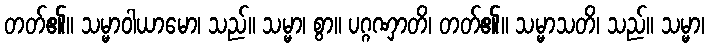
တတ်၏။ သမ္မာဝါယာမော၊ သည်။ သမ္မာ၊ စွာ။ ပဂ္ဂဏှာတိ၊ တတ်၏။ သမ္မာသတိ၊ သည်။ သမ္မာ၊